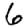
Digit: 6